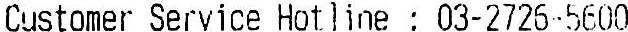
CUSTOMER SERVICE HOTLINE : 03-2726-5600